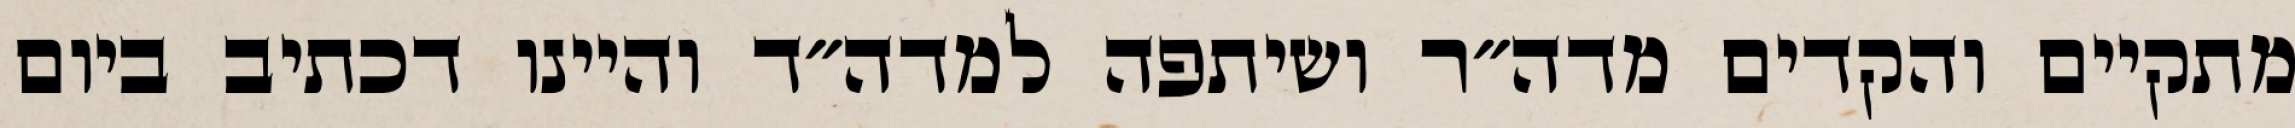
מתקיים והקדים מדה״ר ושיתפה למדה״ד והיינו דכתיב ביום